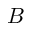
B